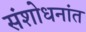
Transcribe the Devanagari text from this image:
संशोधनांत